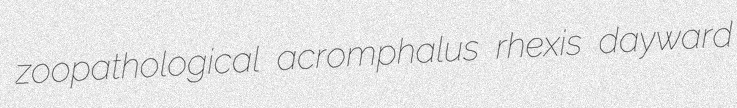
zoopathological acromphalus rhexis dayward